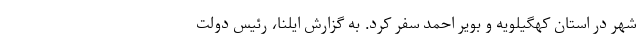
شهر در استان کهگیلویه و بویر احمد سفر کرد. به گزارش ایلنا، رئیس دولت